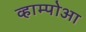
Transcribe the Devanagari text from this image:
व्हाम्पोआ